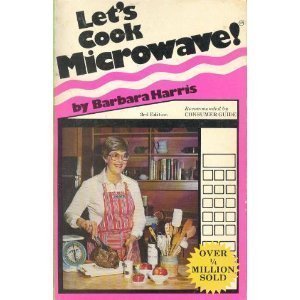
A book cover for Let's Cook Microwave!; Barbara Harris; Cookbooks, Food & Wine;